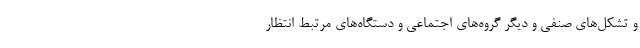
و تشکل‌های صنفی و دیگر گروه‌های اجتماعی و دستگاه‌های مرتبط انتظار